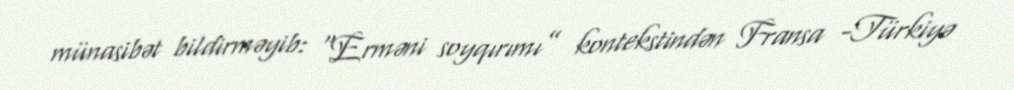
münasibət bildirməyib: “Erməni soyqırımı” kontekstindən Fransa -Türkiyə